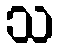
သ